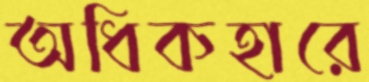
অধিকহারে